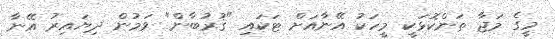
މީގެ މަޖާ ތަންކޮޅަކީ މީހަކު އޭނާއަށް ޓަކައި "ޤުރުބާން" ވަމުން ދިޔައިރު އޭނާ